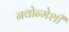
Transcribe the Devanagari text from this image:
नवोन्मेशी